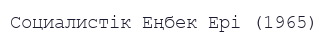
Социалистік Еңбек Ері (1965)